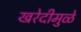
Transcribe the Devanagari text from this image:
खरेदीमुळे